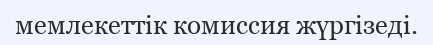
мемлекеттік комиссия жүргізеді.